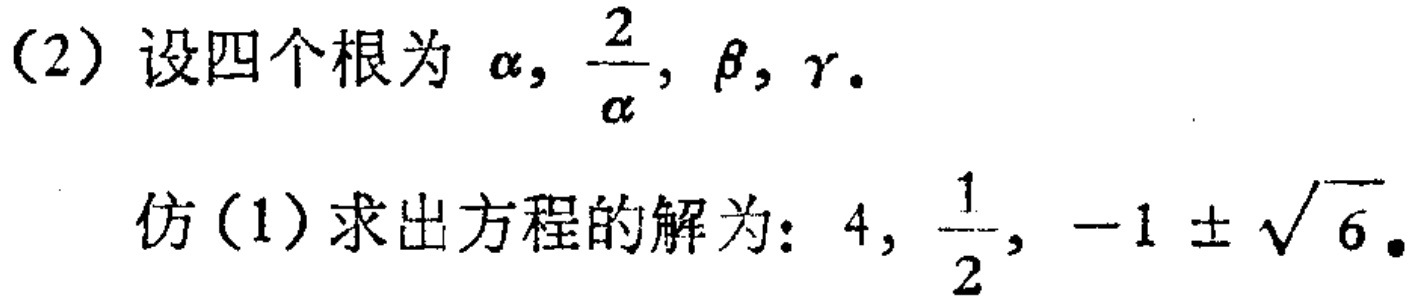
(2) 设四个根为 \(\alpha, \frac{2}{\alpha}, \beta, \gamma\).
仿(1)求出方程的解为: \(4, \frac{1}{2}, -1 \pm \sqrt{6}\).